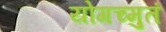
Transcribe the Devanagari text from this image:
योगच्मुतं